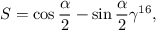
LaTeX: S = \cos \frac { \alpha } { 2 } - \sin \frac { \alpha } { 2 } \gamma ^ { 1 6 } ,